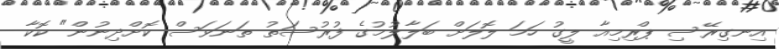
އިނގިރޭސި ޕްރިމިއާ ލީގު ހަމަ ލޮލަށް ބަލާލުމުގެ ފުރުސަތު ތަނަވަސް ކޮށްދިނުން" ކޮކާ